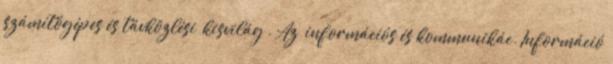
számítógépes és távközlési „kisvilág”. Az „információs és kommunikác. Információ